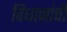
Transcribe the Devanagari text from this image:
विधानांची